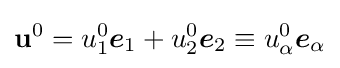
\mathbf {u} ^{0}=u_{1}^{0}{\boldsymbol {e}}_{1}+u_{2}^{0}{\boldsymbol {e}}_{2}\equiv u_{\alpha }^{0}{\boldsymbol {e}}_{\alpha }